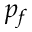
p _ { f }